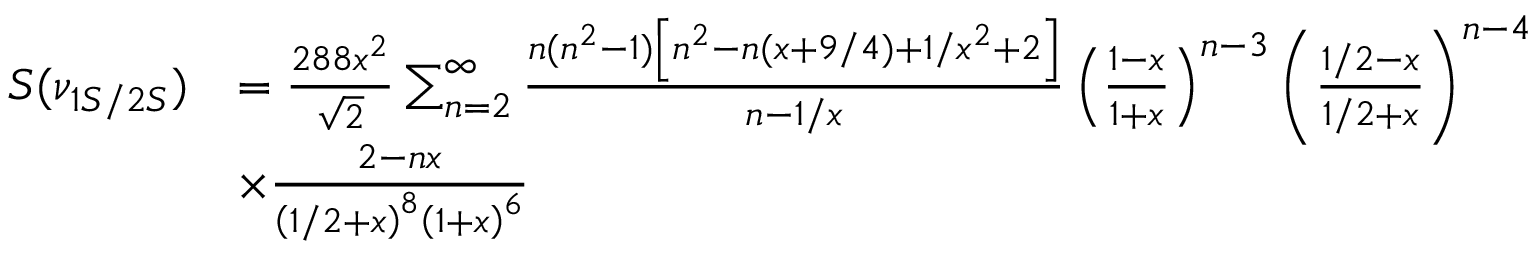
\begin{array} { r l } { S ( \nu _ { 1 S / 2 S } ) } & { = \frac { 2 8 8 x ^ { 2 } } { \sqrt { 2 } } \sum _ { n = 2 } ^ { \infty } \frac { n ( n ^ { 2 } - 1 ) \left[ n ^ { 2 } - n ( x + 9 / 4 ) + 1 / x ^ { 2 } + 2 \right] } { n - 1 / x } \left( \frac { 1 - x } { 1 + x } \right) ^ { n - 3 } \left( \frac { 1 / 2 - x } { 1 / 2 + x } \right) ^ { n - 4 } } \\ & { \times \frac { 2 - n x } { \left( 1 / 2 + x \right) ^ { 8 } \left( 1 + x \right) ^ { 6 } } } \end{array}